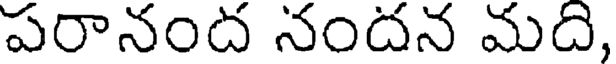
పరానంద నందన మది,